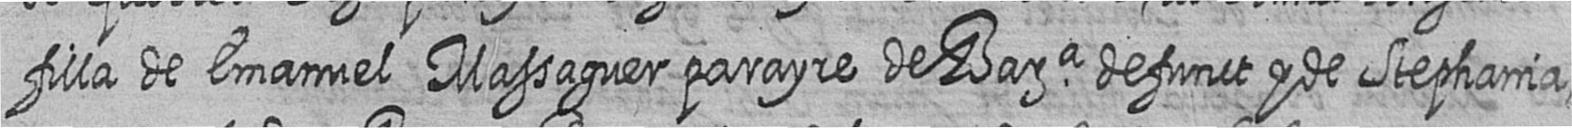
filla de Emanuel Massaguer parayre de Bara defunct y de Stephania